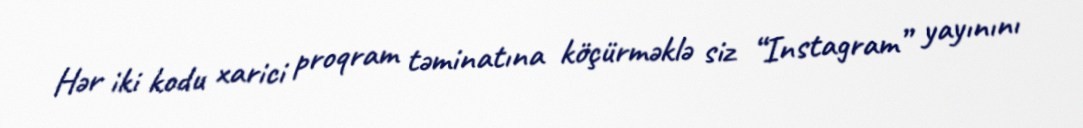
Hər iki kodu xarici proqram təminatına köçürməklə siz “Instagram” yayınını